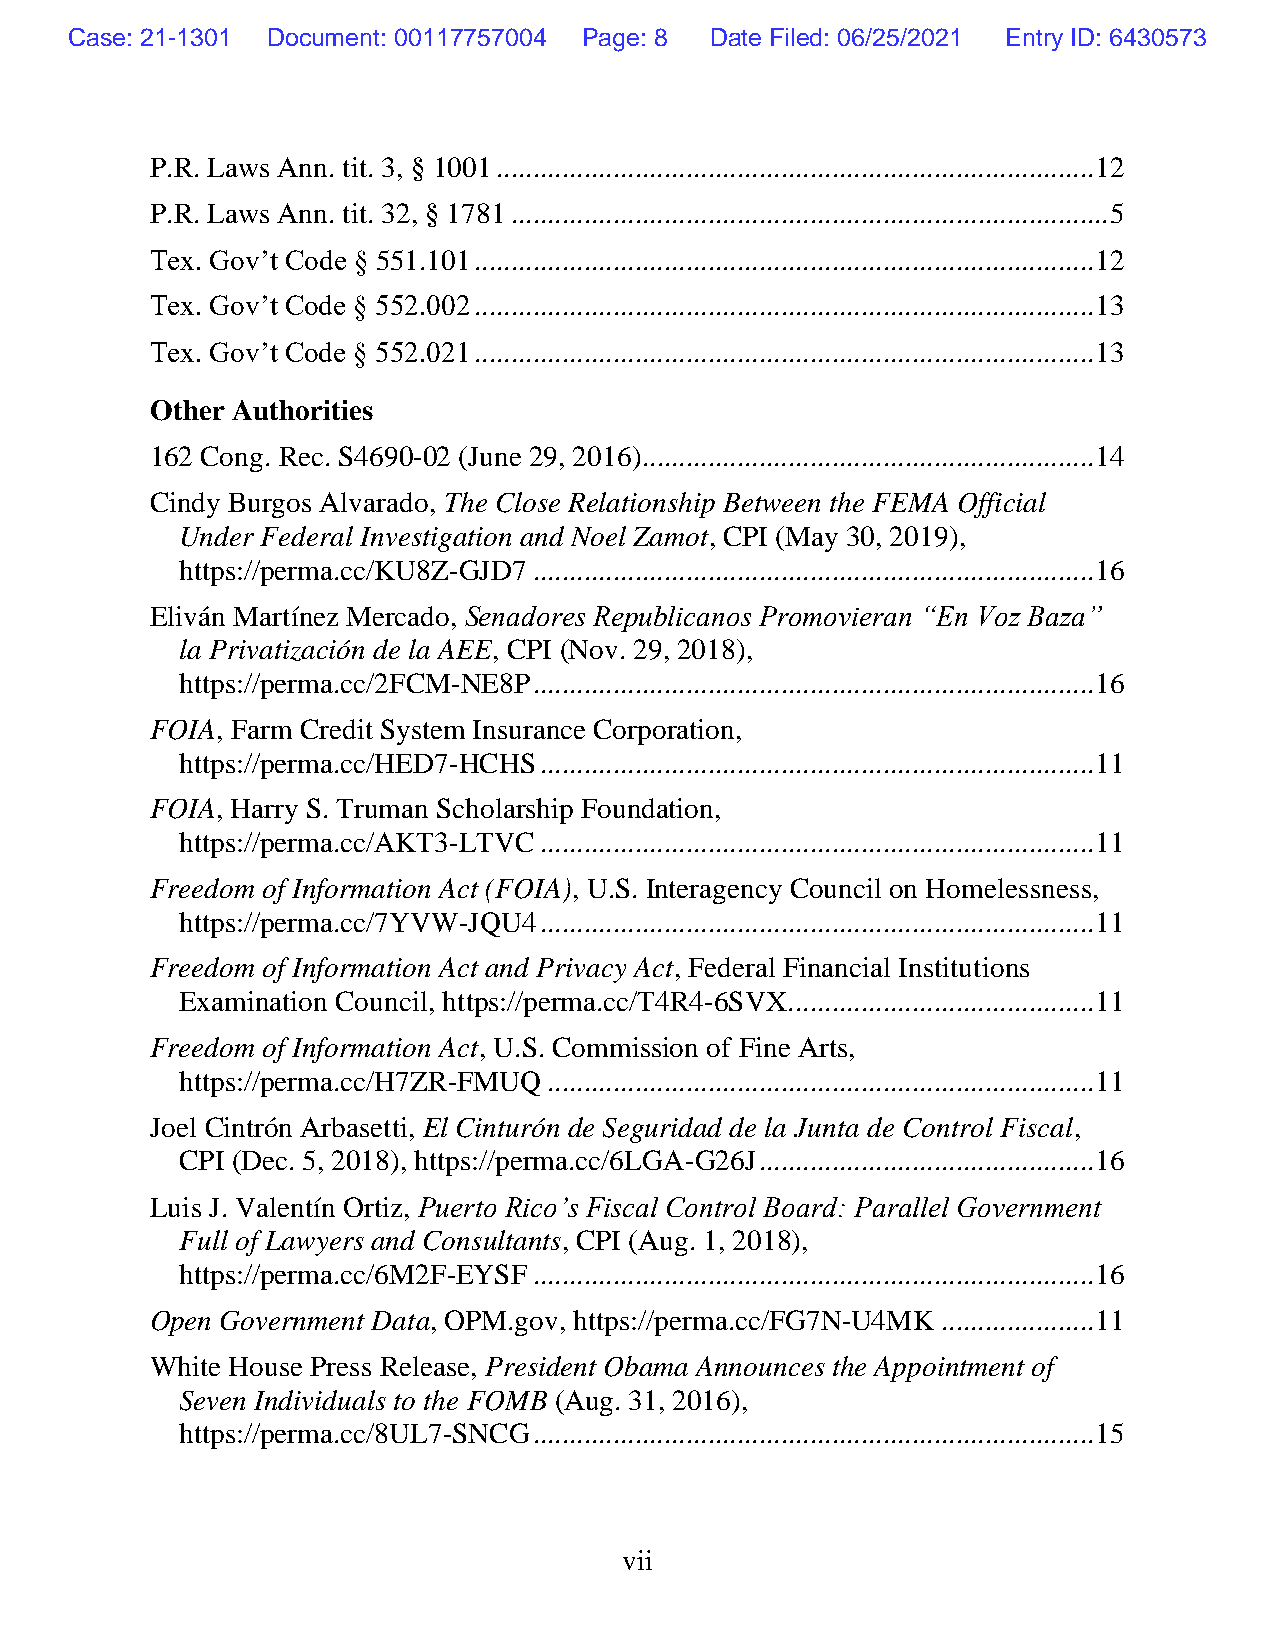
Case: 21-1301 Document: 00117757004 Page: 8 Date Filed: 06/25/2021 Entry ID: 6430573
 P.R. Laws Ann. tit. 3, § 1001 .................................................................................. 12
 P.R. Laws Ann. tit. 32, § 1781 .................................................................................. 5
 Tex. Gov’t Code § 551.101 ..................................................................................... 12
 Tex. Gov’t Code § 552.002 ..................................................................................... 13
 Tex. Gov’t Code § 552.021 ..................................................................................... 13
 Other Authorities
 162 Cong. Rec. S4690-02 (June 29, 2016).............................................................. 14
 Cindy Burgos Alvarado, The Close Relationship Between the FEMA Official
 Under Federal Investigation and Noel Zamot, CPI (May 30, 2019),
 https://perma.cc/KU8Z-GJD7 ............................................................................. 16
 Eliván Martínez Mercado, Senadores Republicanos Promovieran “En Voz Baza”
 la Privatización de la AEE, CPI (Nov. 29, 2018),
 https://perma.cc/2FCM-NE8P ............................................................................. 16
 FOIA, Farm Credit System Insurance Corporation,
 https://perma.cc/HED7-HCHS ............................................................................ 11
 FOIA, Harry S. Truman Scholarship Foundation,
 https://perma.cc/AKT3-LTVC ............................................................................ 11
 Freedom of Information Act (FOIA), U.S. Interagency Council on Homelessness,
 https://perma.cc/7YVW-JQU4 ............................................................................ 11
 Freedom of Information Act and Privacy Act, Federal Financial Institutions
 Examination Council, https://perma.cc/T4R4-6SVX. ......................................... 11
 Freedom of Information Act, U.S. Commission of Fine Arts,
 https://perma.cc/H7ZR-FMUQ ........................................................................... 11
 Joel Cintrón Arbasetti, El Cinturón de Seguridad de la Junta de Control Fiscal,
 CPI (Dec. 5, 2018), https://perma.cc/6LGA-G26J .............................................. 16
 Luis J. Valentín Ortiz, Puerto Rico’s Fiscal Control Board: Parallel Government
 Full of Lawyers and Consultants, CPI (Aug. 1, 2018),
 https://perma.cc/6M2F-EYSF ............................................................................. 16
 Open Government Data, OPM.gov, https://perma.cc/FG7N-U4MK ..................... 11
 White House Press Release, President Obama Announces the Appointment of
 Seven Individuals to the FOMB (Aug. 31, 2016),
 https://perma.cc/8UL7-SNCG ............................................................................. 15
 vii